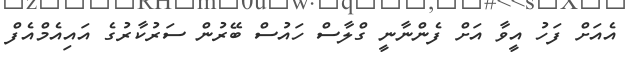
އެއަށް ފަހު އީވާ އަށް ފެންނާނީ ގްލާސް ހައުސް ބޭރުން ސަރުކާރުގެ އައިއެމްއެފް